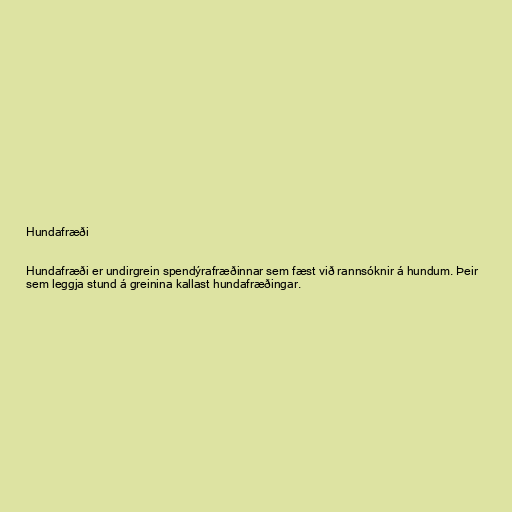
Hundafræði

Hundafræði er undirgrein spendýrafræðinnar sem fæst við rannsóknir á hundum. Þeir
sem leggja stund á greinina kallast hundafræðingar.